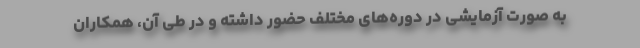
به صورت آزمایشی در دوره‌های مختلف حضور داشته‌ و در طی آن، همکاران